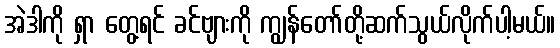
အဲဒါကို ရှာ တွေ့ရင် ခင်ဗျားကို ကျွန်တော်တို့ဆက်သွယ်လိုက်ပါ့မယ်။